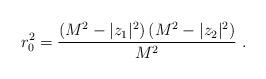
LaTeX: \begin{align*}r_{0}^2 =\frac{(M^2 -|z_1|^2)\,(M^2 - |z_2|^2)}{M^2} \ .\end{align*}